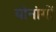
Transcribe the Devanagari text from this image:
योनांगों